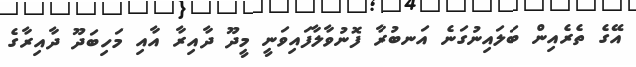
އޭގެ ތެރެއިން ބަލައިނުގަނެ އަނބުރާ ފޮނުވާލާފައިވަނީ މީދޫ ދާއިރާ އާއި މަހިބަދޫ ދާއިރާގެ